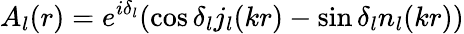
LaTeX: A_{l}(r)=e^{i\delta_{l}}(\cos\delta_{l}j_{l}(kr)-\sin\delta_{l}n_{l}(kr))